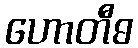
ဟောတီဓ